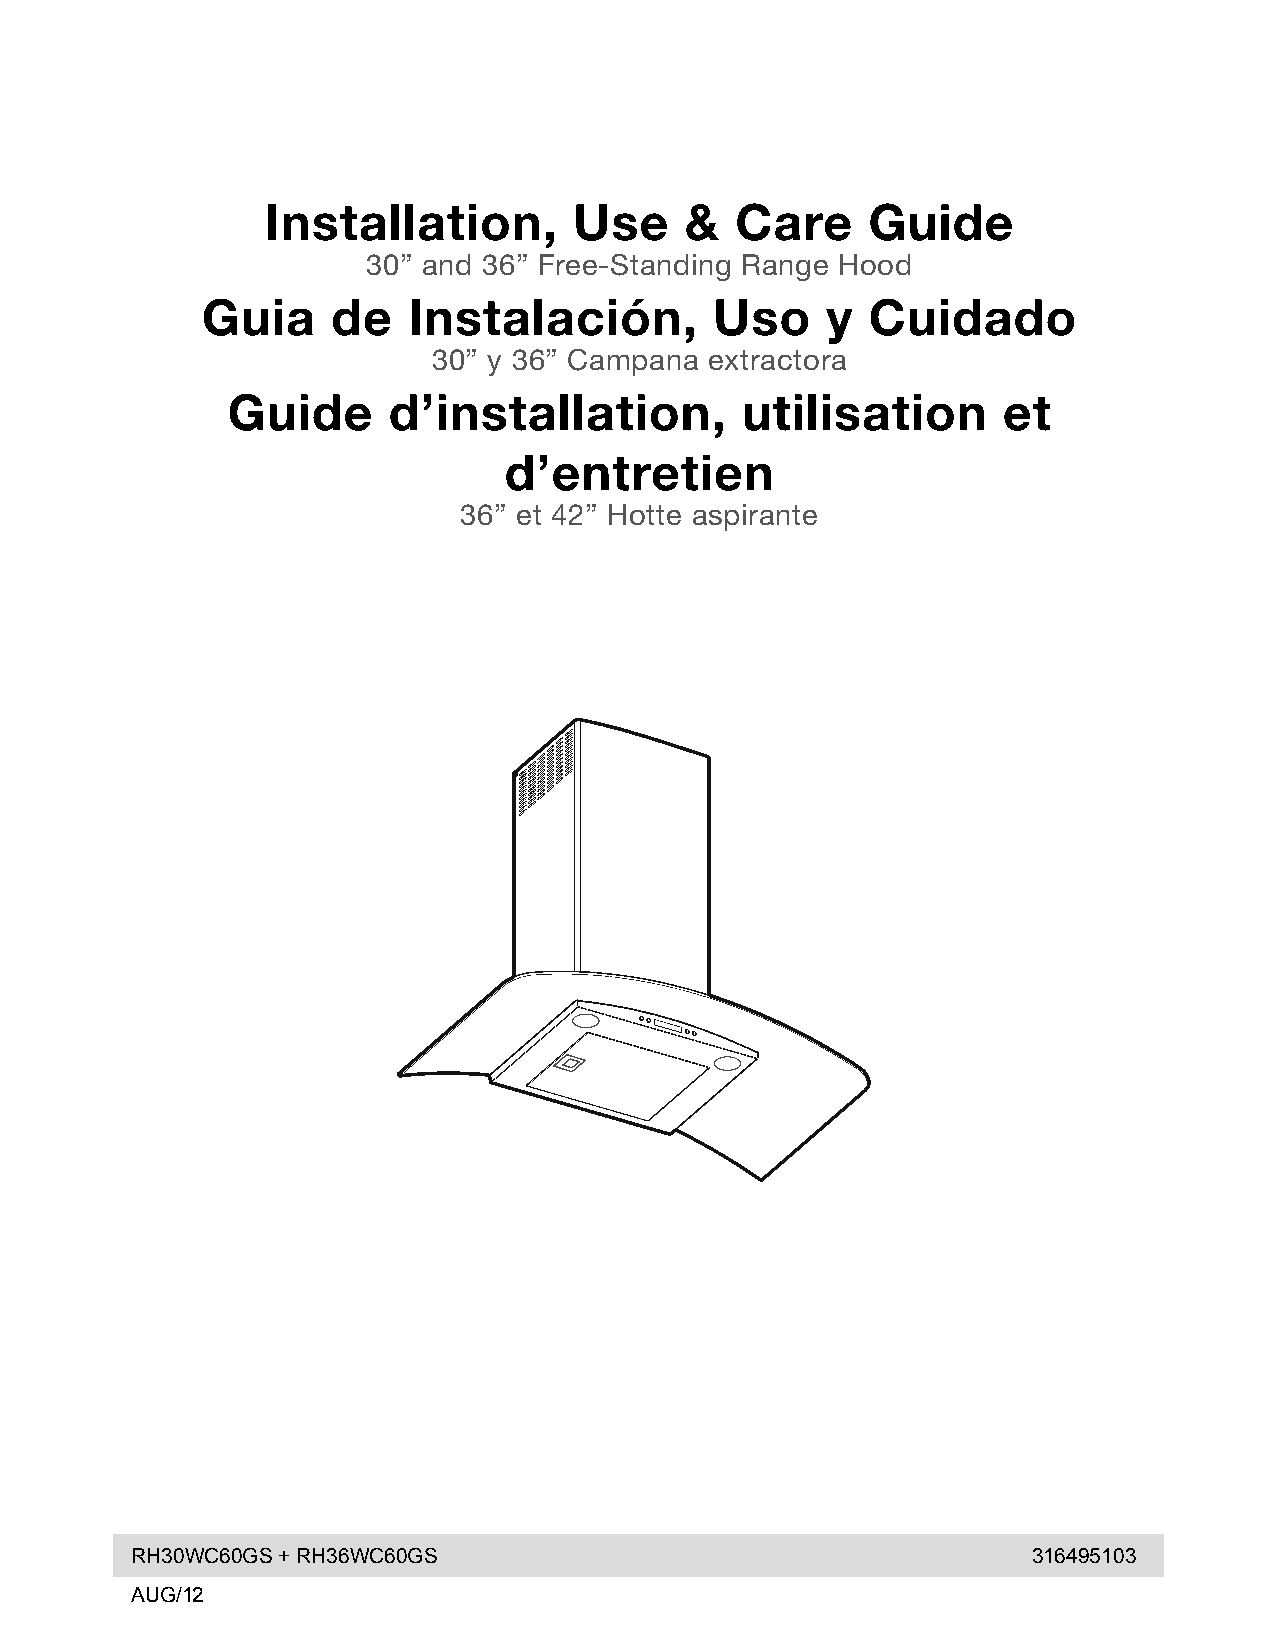
Installation,       Use    &   Care    Guide
 30” and 36” Free-Standing Range Hood
 Guia     de   Instalación,        Uso     y  Cuidado
 30” y 36” Campana extractora
 Guide      d’installation,        utilisation      et
 d’entretien
 36” et 42” Hotte aspirante
 RH30WC60GS + RH36WC60GS                                    316495103
 AUG/12